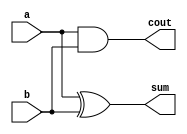
module top_module( 
    input a, b,
    output cout, sum );
    assign cout = a & b;
    assign sum  = a ^ b;
endmodule